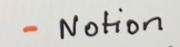
- Notion